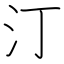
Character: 汀